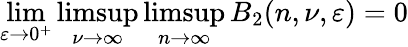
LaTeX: \operatorname*{lim}_{\varepsilon\rightarrow 0^{+}}\operatorname*{limsup}_{\nu\rightarrow\infty}\operatorname*{limsup}_{n\rightarrow\infty}B_{2}(n,\nu,\varepsilon)=0